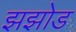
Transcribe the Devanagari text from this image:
झझोड